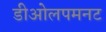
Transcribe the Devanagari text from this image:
डीओलपमनट